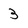
Character: 3